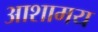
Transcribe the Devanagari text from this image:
आशामय